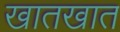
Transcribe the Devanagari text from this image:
खातखात